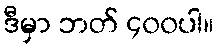
ဒီမှာ ဘတ် ၄၀၀ပါ။